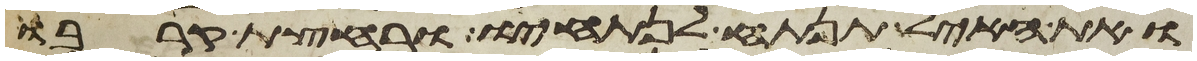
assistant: ואת האיל תנתח לנתחיו ורחצת קרבו